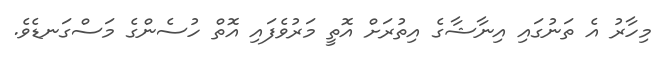
މިހާރު އެ ތަނުގައި އިނާޝާގެ އިތުރަށް އޮތީ މަރުވެފައި އޮތް ހުސެންގެ މަސްގަނޑެވެ.